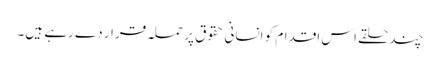
چند حلقے اس اقدام کو انسانی حقوق پر حملہ قرار دے رہے ہیں۔